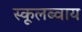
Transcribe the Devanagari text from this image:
स्कूलब्वाय